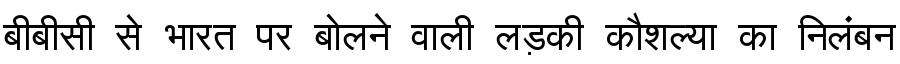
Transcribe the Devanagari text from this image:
बीबीसी से भारत पर बोलने वाली लड़की कौशल्या का निलंबन